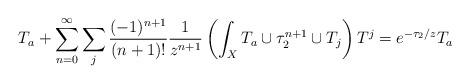
LaTeX: \begin{align*} T_a + \sum_{n=0}^\infty \sum_j \frac{(-1)^{n+1}}{(n+1)!} \frac{1}{z^{n+1}} \left( \int_X T_a \cup \tau_2^{n+1} \cup T_j \right) T^j = e^{-\tau_2/z}T_a\end{align*}